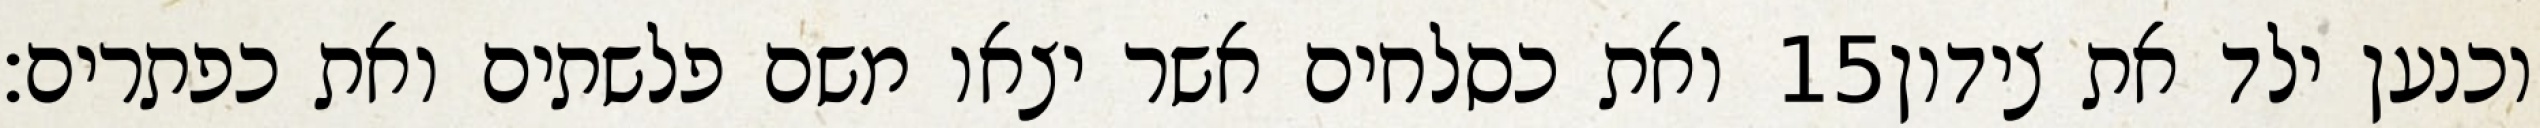
ואת כסלחים אשר יצאו משם פלשתים ואת כפתרים׃ ‎15‏ וכנען ילד את צידון